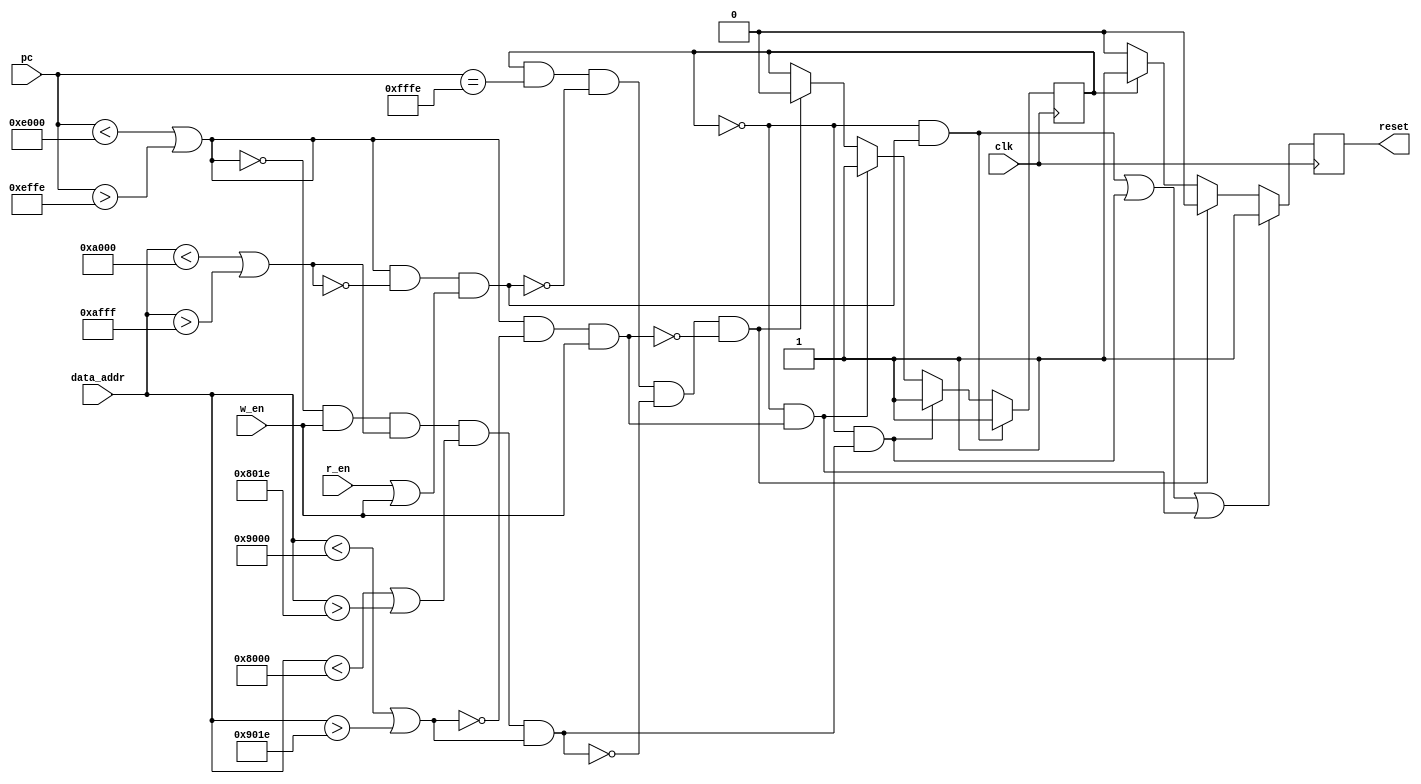
module  X_stack (
    clk,
    pc,
    data_addr,
    r_en,
    w_en,
    //pc_en,

    reset
);

input		clk;
input   [15:0]  pc;
//input		pc_en;
input   [15:0]  data_addr;
input           r_en;
input           w_en;
output          reset;

// MACROS ///////////////////////////////////////////
parameter SDATA_BASE = 16'hA000;
parameter SDATA_SIZE = 16'h1000;
//
parameter HMAC_BASE = 16'h8000;
parameter HMAC_SIZE = 16'h001F;
//
parameter CTR_BASE = 16'h9000;
parameter CTR_SIZE = 16'h001F;
//
parameter SMEM_BASE = 16'hE000;
parameter SMEM_SIZE = 16'h1000;
//
parameter KMEM_BASE = 16'hFEFE;
parameter KMEM_SIZE = 16'h001F;
/////////////////////////////////////////////////////


parameter RESET_HANDLER = 16'hfffe;
parameter RUN  = 1'b0, KILL = 1'b1;
//-------------Internal Variables---------------------------
reg             state;
reg             key_res;
//

initial
    begin
        state = RUN;
        key_res = 1'b0;
    end

wire pc_not_in_srom = pc < SMEM_BASE || pc > SMEM_BASE + SMEM_SIZE -2;
wire pc_in_srom = !pc_not_in_srom;

wire daddr_not_in_sdata = data_addr < SDATA_BASE || data_addr > SDATA_BASE + SDATA_SIZE -1;
wire daddr_in_sdata = !daddr_not_in_sdata;

wire daddr_not_in_krom = data_addr < KMEM_BASE || data_addr > KMEM_BASE + KMEM_SIZE -1;
wire daddr_in_krom = !daddr_not_in_krom;

wire daddr_not_in_HMAC = data_addr < HMAC_BASE || data_addr > HMAC_BASE + HMAC_SIZE -1;
wire daddr_in_HMAC = !daddr_not_in_HMAC;

wire daddr_not_in_ctr = data_addr < CTR_BASE || data_addr > CTR_BASE + CTR_SIZE -1;
wire daddr_in_ctr = !daddr_not_in_ctr;

wire violation1 = pc_not_in_srom && daddr_in_sdata && (r_en || w_en);
wire violation2 = pc_in_srom && w_en && daddr_not_in_sdata && daddr_not_in_HMAC && daddr_not_in_ctr;
wire violation3 = pc_not_in_srom && daddr_in_ctr && w_en;

// State transition logic//////
always @(posedge clk)
if(state == RUN && violation1)
    state <= KILL;
else if (state == RUN && violation2)
    state <= KILL;
else if (state == RUN && violation3)
    state <= KILL;
else if (state == KILL && (pc == RESET_HANDLER) && !violation1 && !violation2 && !violation3)
    state <= RUN;
else state <= state;
//////////////////////////////

// Output logic //////////////
always @(posedge clk)
if( 
    (state == RUN && violation1) ||
    (state == RUN && violation2) ||
    (state == RUN && violation3)
)
    key_res <= 1'b1;
else if (state == KILL && pc == RESET_HANDLER && !violation1 && !violation2 && !violation3)
    key_res <= 1'b0;
else if (state == KILL)
    key_res <= 1'b1;
else
    key_res <= 1'b0;

/////////////////////////////

assign reset = key_res;

endmodule